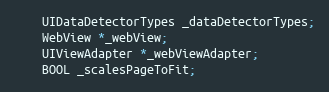
Language: C
    UIDataDetectorTypes _dataDetectorTypes;
    WebView *_webView;
    UIViewAdapter *_webViewAdapter;
    BOOL _scalesPageToFit;